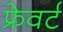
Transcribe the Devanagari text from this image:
फ्रेवर्ट